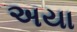
અયા